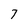
Character: 7